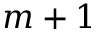
m + 1